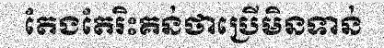
តែងតែរិះគន់ថាប្រើមិនទាន់